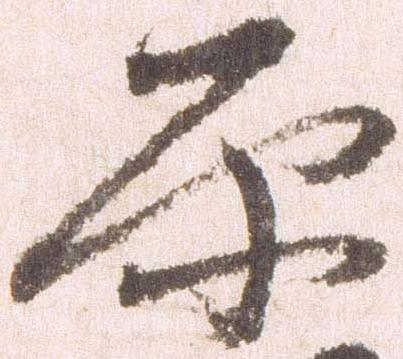
原